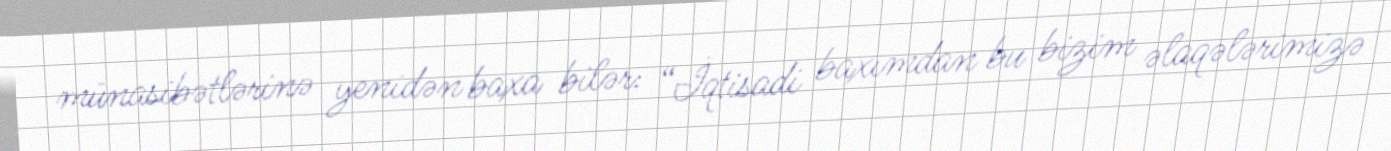
münasibətlərinə yenidən baxa bilər: “İqtisadi baxımdan bu bizim əlaqələrimizə